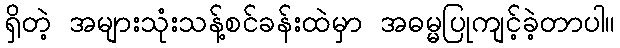
ရှိတဲ့ အများသုံးသန့်စင်ခန်းထဲမှာ အဓမ္မပြုကျင့်ခဲ့တာပါ။